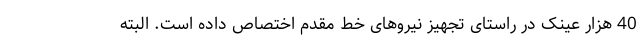
40 هزار عینک در راستای تجهیز نیروهای خط مقدم اختصاص داده است. البته